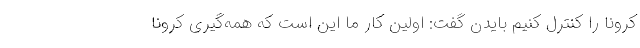
کرونا را کنترل کنیم بایدن گفت: اولین کار ما این است که همه‌گیری کرونا